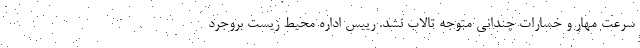
سرعت مهار و خسارات چندانی متوجه تالاب نشد. رییس اداره محیط زیست بروجرد